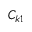
C _ { k 1 }